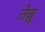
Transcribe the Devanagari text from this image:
तेज़ू